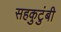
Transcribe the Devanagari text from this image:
सहकुटुंबी